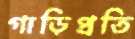
গাড়িপ্রতি